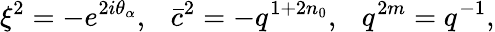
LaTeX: \xi^{2}=-e^{2i\theta_{\alpha}},\ \ \ \bar{c}^{2}=-q^{1+2n_{0}},\ \ \ q^{2m}=q^{-1},